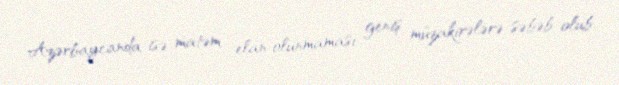
Azərbaycanda isə matəm elan olunmaması geniş müzakirələrə səbəb olub.